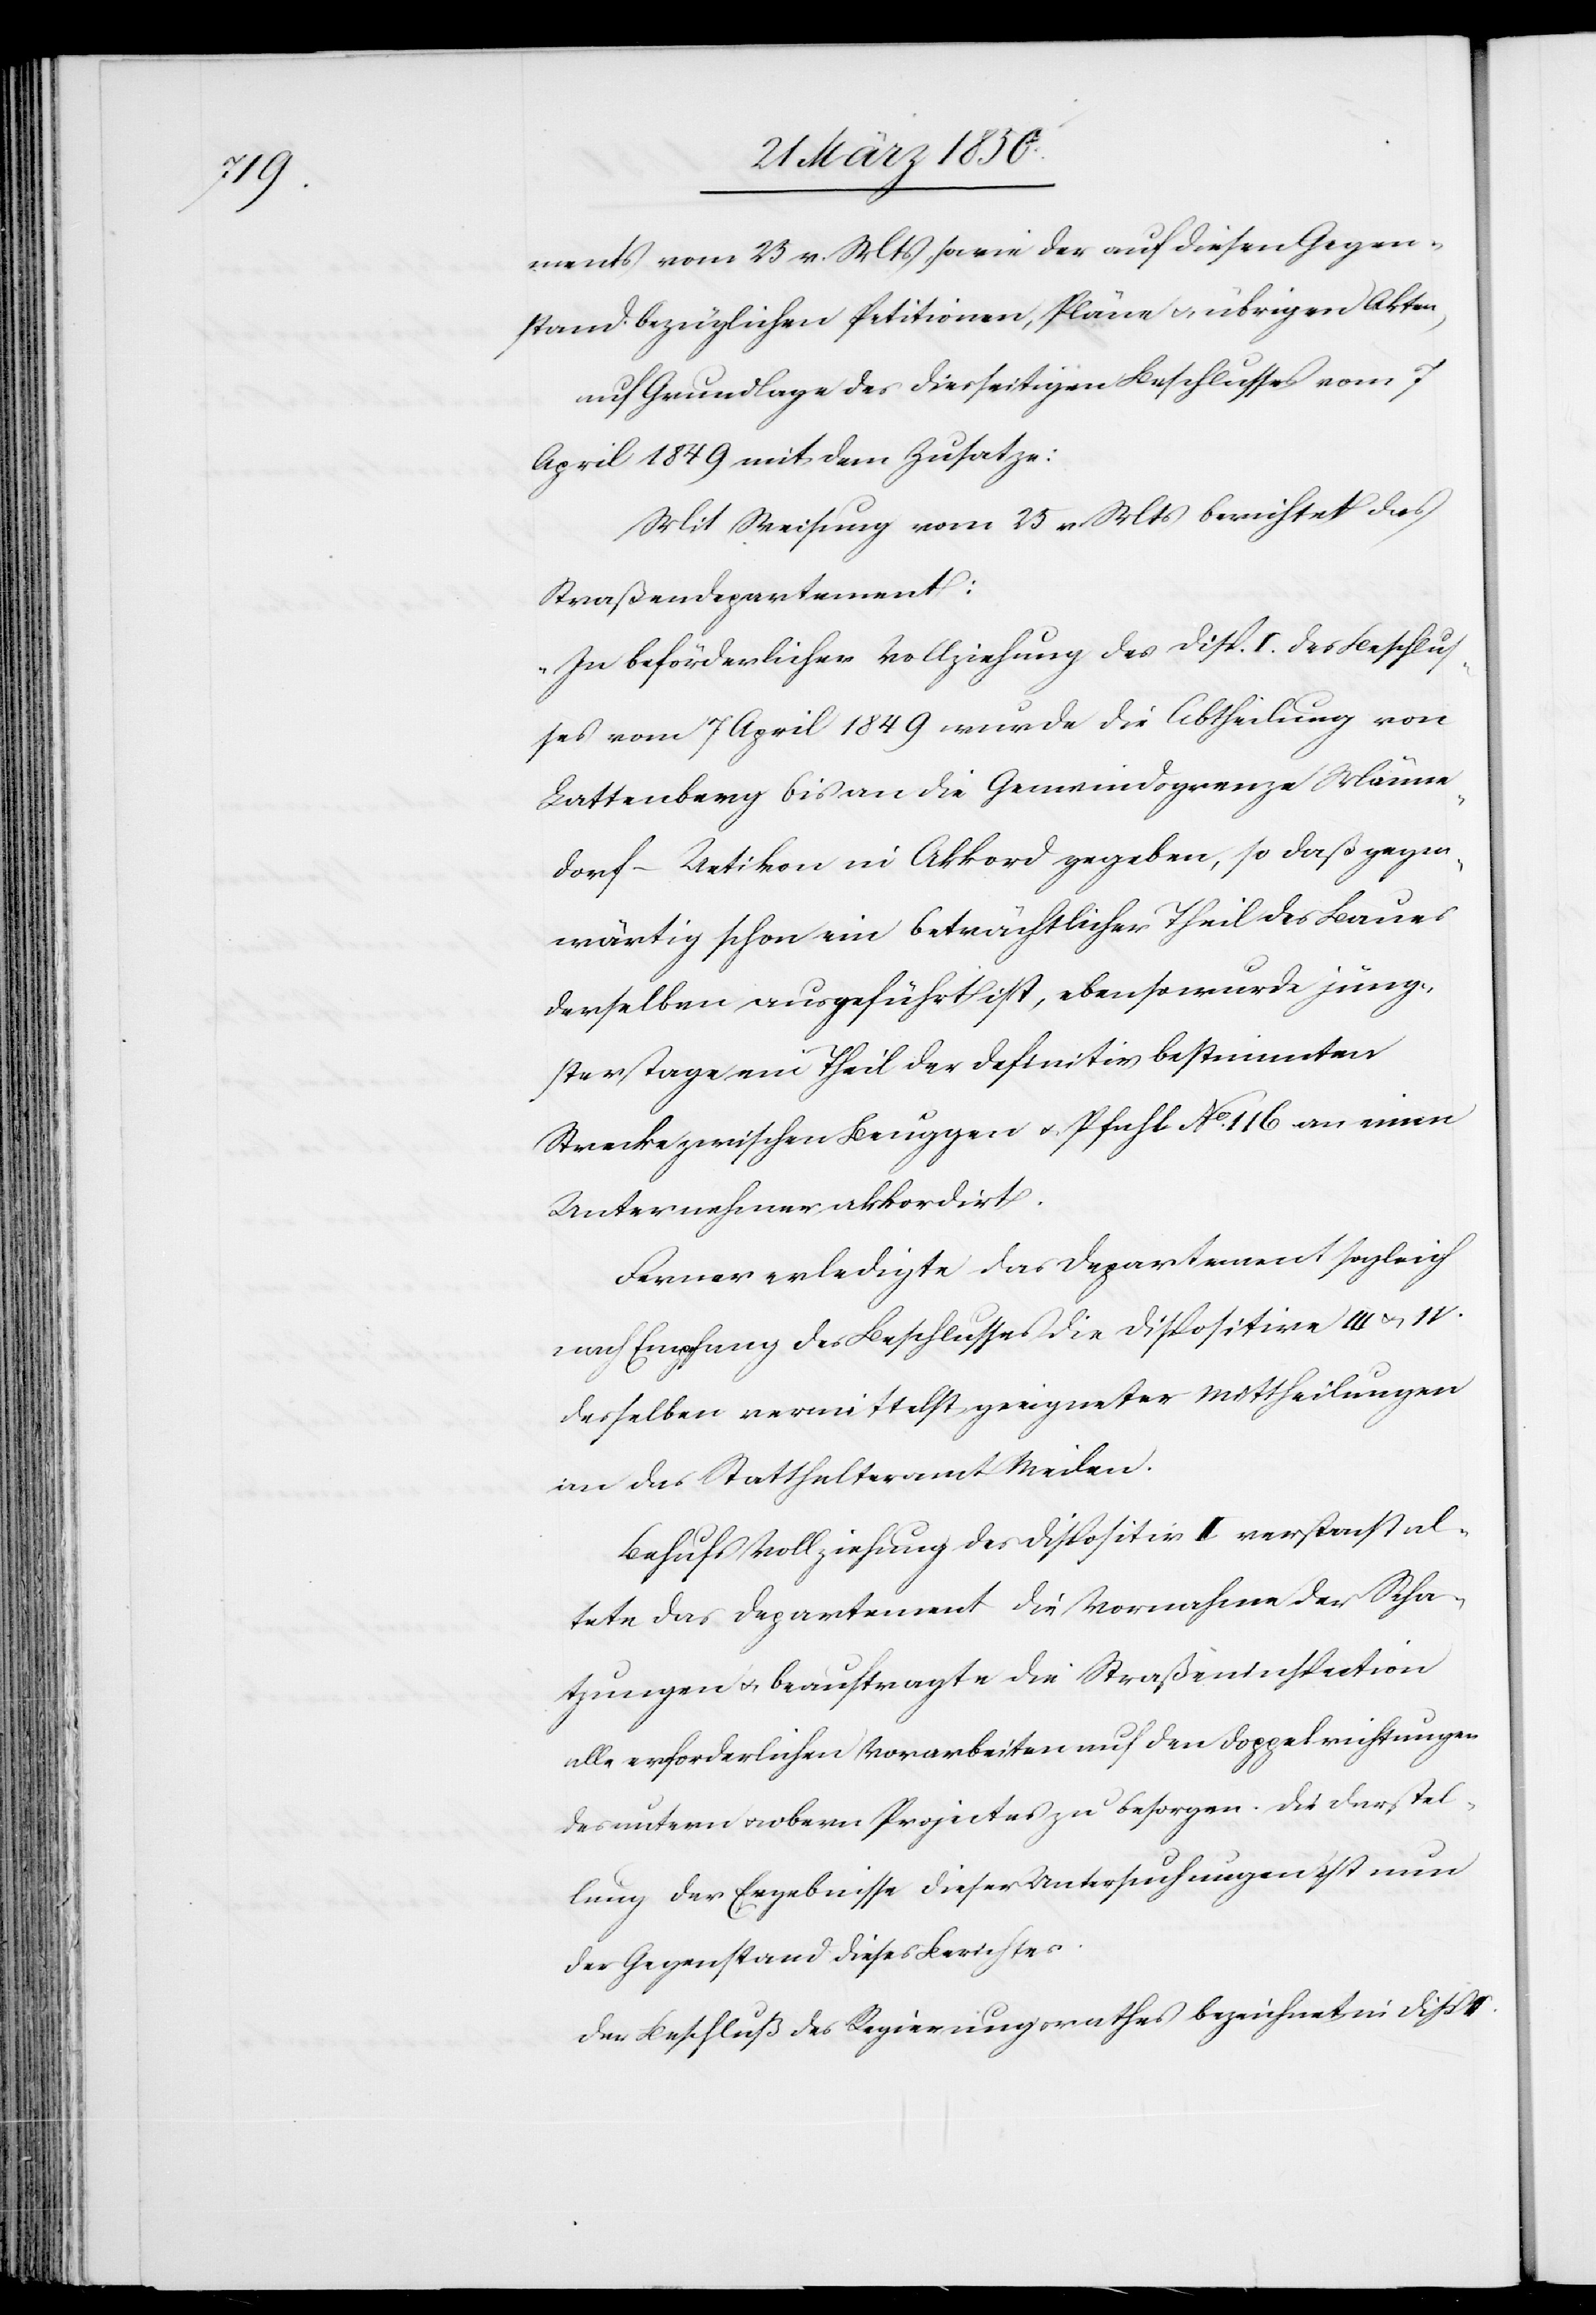
ments vom 25 v. Mts, sowie der auf diesen Gegen¬
stand bezüglichen Petitionen, Pläne u. übrigen Akten,
auf Grundlage des diesseitigen Beschlusses vom 7
April 1849 mit dem Zusatze:
Mit Weisung vom 25 v. Mts berichtet das
Straßendepartement:
„In beförderlicher Vollziehung des Disp. I. des Beschlus¬
ses vom 7 April 1849 wurde die Abtheilung von
Lattenberg bis an die Gemeindsgrenze Männe¬
dorf-Uetikon in Akkord gegeben, so daß gegen¬
wärtig schon ein beträchtlicher Theil des Baues
derselben ausgeführt ist, ebenso wurde jüng¬
stertage ein Theil der definitiv bestimmten
Strecke zwischen Beuggen u. Pfahl No. 116 an einen
Unternehmer akkordirt.
Ferner erledigte das Departement sogleich
nach Empfang des Beschlusses die Dispositive III u. IV.
desselben vermittelst geeigneter Mittheilungen
an das Statthalteramt Meilen.
Behufs Vollziehung des Dispositiv II versanstaltete
[sic!] das Departement die Vornahme der Scha¬
tzungen u. beauftragte die Straßeninspection
alle erforderlichen Vorarbeiten auf den Dippelrichtungen
des untern u. obern Projectes zu besorgen. Die Darstel¬
lung der Ergebnisse dieser Untersuchungen ist nun
der Gegenstand dieses Berichtes.
Der Beschluß des Regierungsrathes bezeichnet in Disp